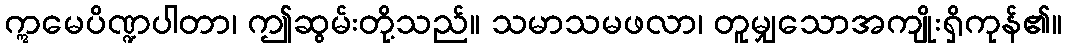
ဣမေပိဏ္ဍပါတာ၊ ဤဆွမ်းတို့သည်။ သမာသမဖလာ၊ တူမျှသောအကျိုးရှိကုန်၏။